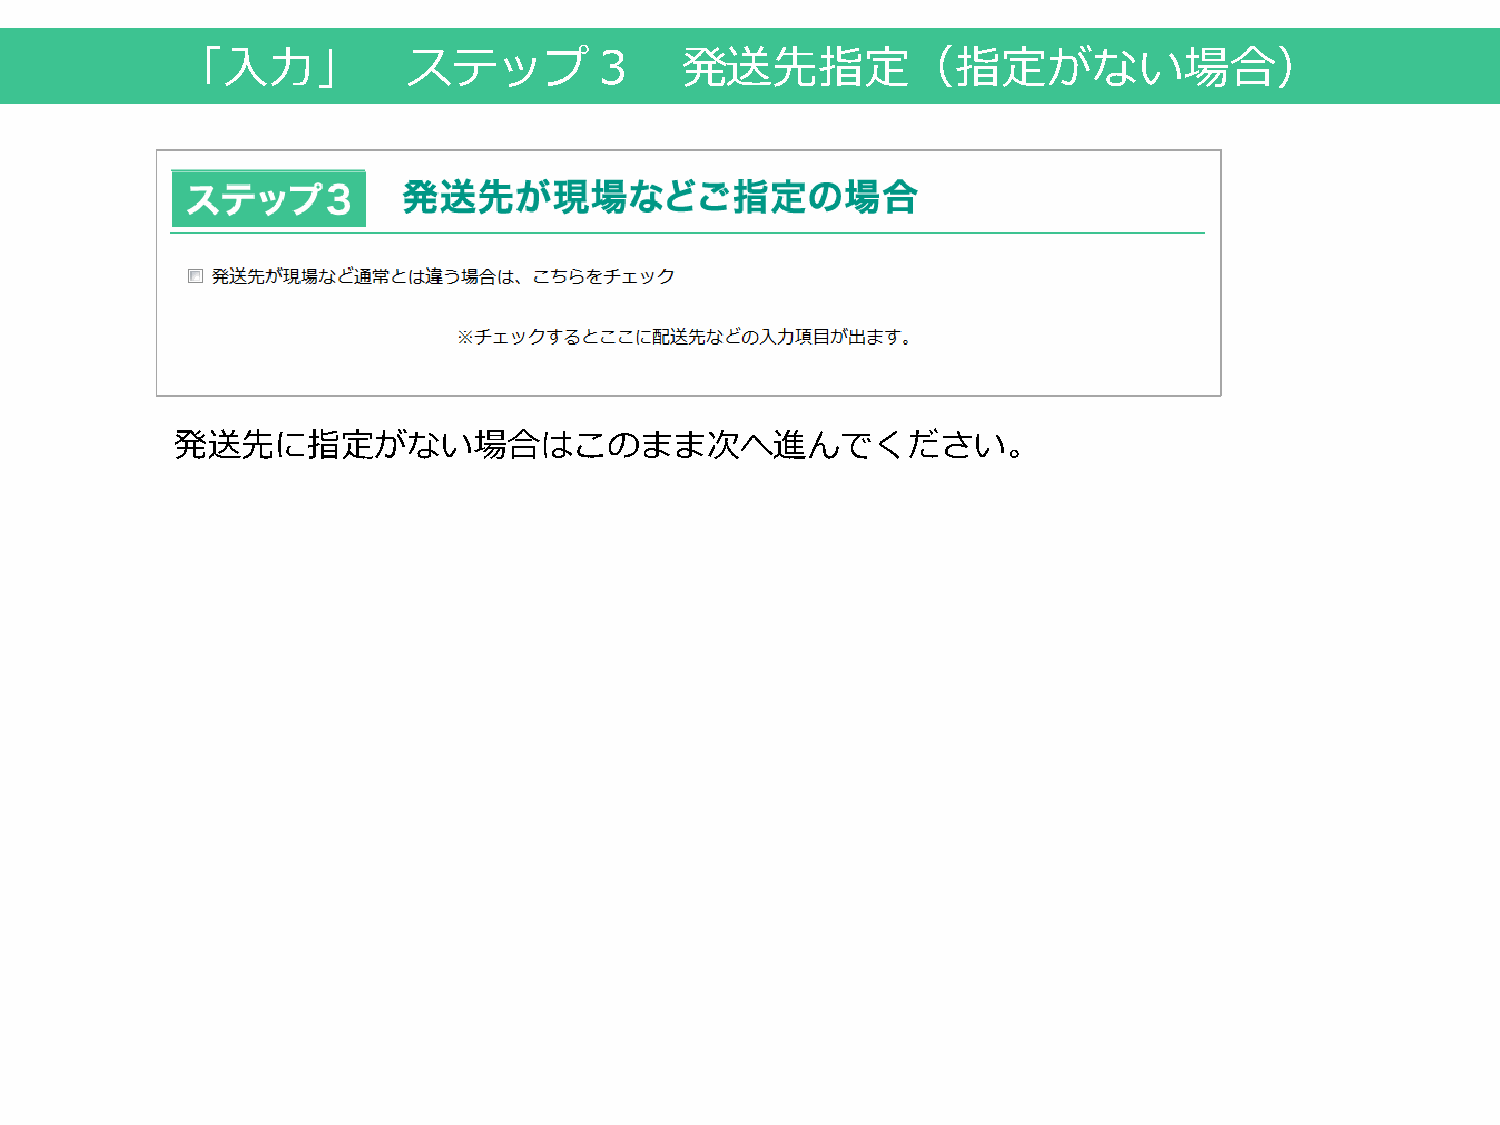
「入力」           ステップ３             発送先指定（指定がない場合）
 発送先に指定がない場合はこのまま次へ進んでください。